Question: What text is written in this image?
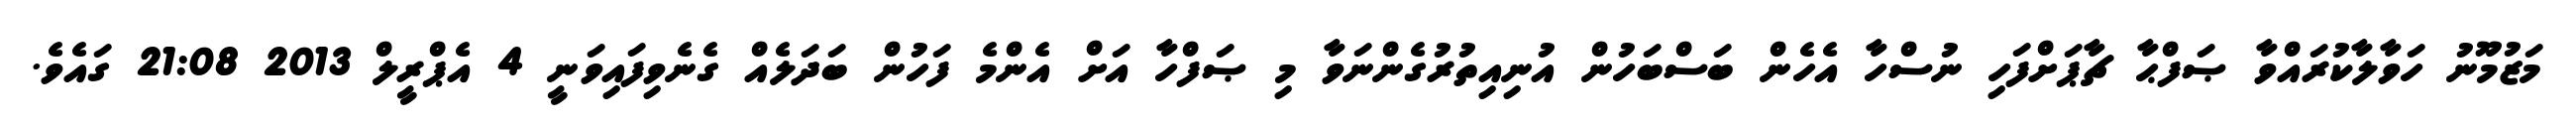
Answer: މަޒުމޫނު ހަވާލާކުރައްވާ ޞަފްޙާ ޗާޕަށްފަހި ނުސްހާ އެހެން ބަސްބަހުން އުނިއިތުރުގެންނަވާ މި ޞަފްހާ އަށް އެންމެ ފަހުން ބަދަލެއް ގެނެވިފައިވަނީ 4 އެޕްރީލް 2013 21:08 ގައެވެ.